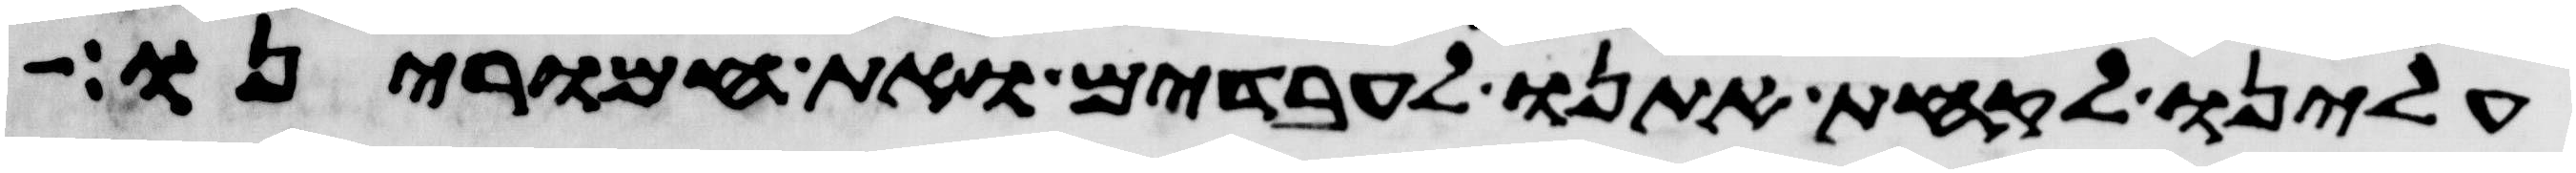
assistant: עלינו לקחת אתנו לעבדים ואת חמרינו